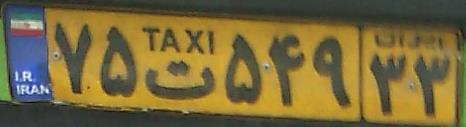
۷۵ت۵۴۹۳۳